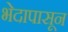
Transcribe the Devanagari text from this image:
भेदापासून